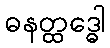
ဓနတ္ထဒ္ဓေါ